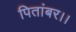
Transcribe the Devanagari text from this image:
पितांबर।।